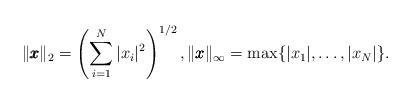
LaTeX: \begin{align*}\|\pmb{x}\|_2=\left(\sum_{i=1}^N|x_i|^2\right)^{1/2}, \|\pmb{x}\|_\infty=\max\{|x_1|,\ldots,|x_N|\}.\end{align*}